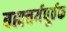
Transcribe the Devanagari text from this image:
बह्मचर्यपूर्वक